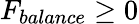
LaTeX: F_{balance}\geq 0